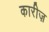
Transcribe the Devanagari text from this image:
कारीज़